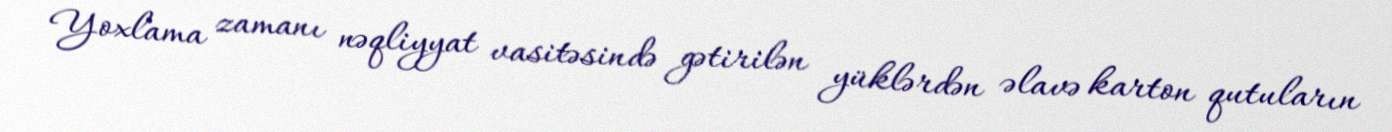
Yoxlama zamanı nəqliyyat vasitəsində gətirilən yüklərdən əlavə karton qutuların